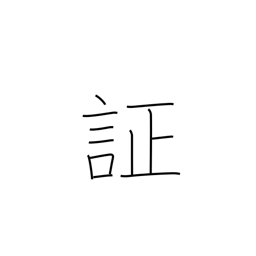
Meaning: evidence